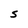
Character: S